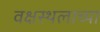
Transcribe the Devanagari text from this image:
वक्षस्थलाच्या